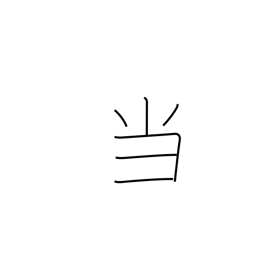
Meaning: hit